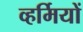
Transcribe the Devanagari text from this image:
व्हर्मियों